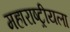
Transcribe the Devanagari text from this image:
महाराष्ट्रीयला